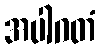
အပါဂတံ